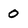
Character: 0